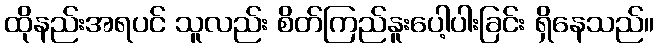
ထိုနည်းအရပင် သူလည်း စိတ်ကြည်နူးပေါ့ပါးခြင်း ရှိနေသည်။